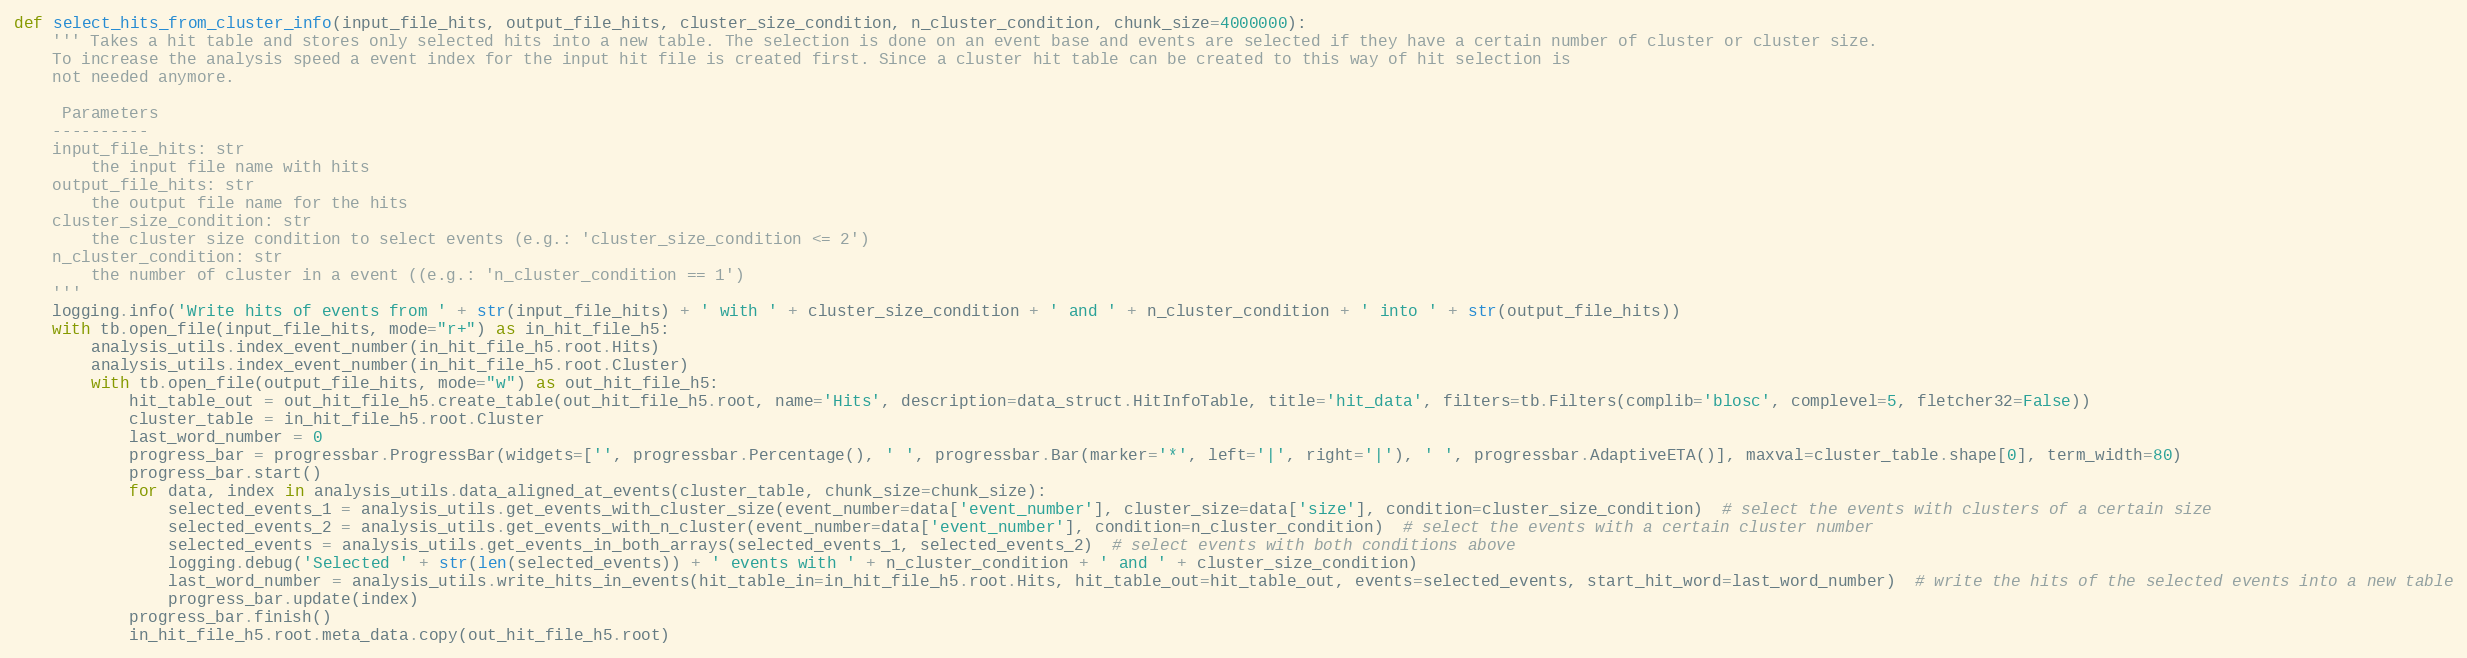
Language: Python
def select_hits_from_cluster_info(input_file_hits, output_file_hits, cluster_size_condition, n_cluster_condition, chunk_size=4000000):
    ''' Takes a hit table and stores only selected hits into a new table. The selection is done on an event base and events are selected if they have a certain number of cluster or cluster size.
    To increase the analysis speed a event index for the input hit file is created first. Since a cluster hit table can be created to this way of hit selection is
    not needed anymore.

     Parameters
    ----------
    input_file_hits: str
        the input file name with hits
    output_file_hits: str
        the output file name for the hits
    cluster_size_condition: str
        the cluster size condition to select events (e.g.: 'cluster_size_condition <= 2')
    n_cluster_condition: str
        the number of cluster in a event ((e.g.: 'n_cluster_condition == 1')
    '''
    logging.info('Write hits of events from ' + str(input_file_hits) + ' with ' + cluster_size_condition + ' and ' + n_cluster_condition + ' into ' + str(output_file_hits))
    with tb.open_file(input_file_hits, mode="r+") as in_hit_file_h5:
        analysis_utils.index_event_number(in_hit_file_h5.root.Hits)
        analysis_utils.index_event_number(in_hit_file_h5.root.Cluster)
        with tb.open_file(output_file_hits, mode="w") as out_hit_file_h5:
            hit_table_out = out_hit_file_h5.create_table(out_hit_file_h5.root, name='Hits', description=data_struct.HitInfoTable, title='hit_data', filters=tb.Filters(complib='blosc', complevel=5, fletcher32=False))
            cluster_table = in_hit_file_h5.root.Cluster
            last_word_number = 0
            progress_bar = progressbar.ProgressBar(widgets=['', progressbar.Percentage(), ' ', progressbar.Bar(marker='*', left='|', right='|'), ' ', progressbar.AdaptiveETA()], maxval=cluster_table.shape[0], term_width=80)
            progress_bar.start()
            for data, index in analysis_utils.data_aligned_at_events(cluster_table, chunk_size=chunk_size):
                selected_events_1 = analysis_utils.get_events_with_cluster_size(event_number=data['event_number'], cluster_size=data['size'], condition=cluster_size_condition)  # select the events with clusters of a certain size
                selected_events_2 = analysis_utils.get_events_with_n_cluster(event_number=data['event_number'], condition=n_cluster_condition)  # select the events with a certain cluster number
                selected_events = analysis_utils.get_events_in_both_arrays(selected_events_1, selected_events_2)  # select events with both conditions above
                logging.debug('Selected ' + str(len(selected_events)) + ' events with ' + n_cluster_condition + ' and ' + cluster_size_condition)
                last_word_number = analysis_utils.write_hits_in_events(hit_table_in=in_hit_file_h5.root.Hits, hit_table_out=hit_table_out, events=selected_events, start_hit_word=last_word_number)  # write the hits of the selected events into a new table
                progress_bar.update(index)
            progress_bar.finish()
            in_hit_file_h5.root.meta_data.copy(out_hit_file_h5.root)